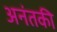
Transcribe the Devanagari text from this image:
अनंतकी